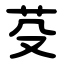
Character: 芟